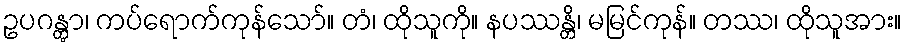
ဥပဂန္တွာ၊ ကပ်ရောက်ကုန်သော်။ တံ၊ ထိုသူကို။ နပဿန္တိ၊ မမြင်ကုန်။ တဿ၊ ထိုသူအား။